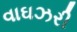
વાઘઝરી